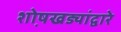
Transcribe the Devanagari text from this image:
शो़षखड्यांद्वारे